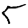
Digit: 5